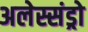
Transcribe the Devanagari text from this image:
अलेस्संड्रो